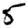
Digit: 5